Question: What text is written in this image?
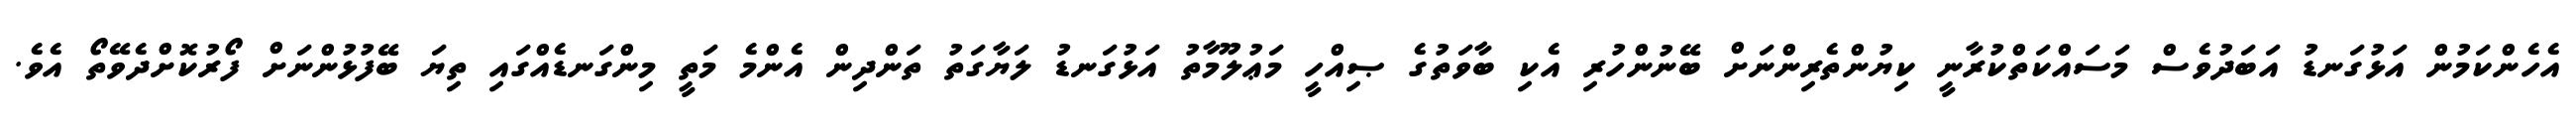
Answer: އެހެންކަމުން އަޅުގަނޑު އަބަދުވެސް މަސައްކަތްކުރާނީ ކިޔުންތެރިންނަށް ބޭނުންހުރި އެކި ބާވަތުގެ ޞިއްހީ މަޢުލޫމާތު އަޅުގަނޑު ލަޔާގަތު ތަންދިން އެންމެ މަތީ މިންގަނޑެއްގައި ތިޔަ ބޭފުޅުންނަށް ފޯރުކޮށްދެވޭތޯ އެވެ.